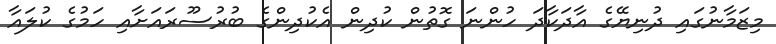
މިޒަމާނުގައި ދުނިޔޭގެ އާދަކާދަ ހުންނަ ގޮތުން ކުދިން އެކުދިންގެ ބުރުސޫރައަށާއި ހަމުގެ ކުލައާ